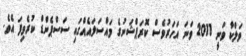
ވަލްކާ ވަނީ 2011 ވަނަ އަހަރުވެސް ކޮރަޕްޝަނުގެ މައްސަލައެއްގައި ސަސްޕެންޑް ކުރެވިފަ އެވެ.